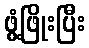
ဖွံ့ဖြိုးပြီး